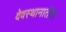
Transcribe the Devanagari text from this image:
देवस्थानातील